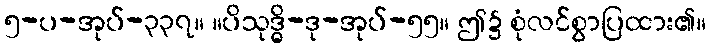
၅-ပ-အုပ်-၃၃၇။ ။ပိသုဒ္ဓိ-ဒု-အုပ်-၅၅။ ဤ၌ စုံလင်စွာပြထား၏။